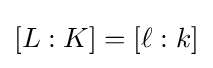
[L:K]=[\ell :k]